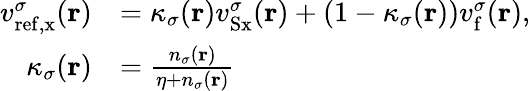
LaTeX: \begin{array}{rl}{v_{\mathrm{ref,x}}^{\sigma}(\mathbf{r})}&{=\kappa_{\sigma}(\mathbf{r})v_{\mathrm{Sx}}^{\sigma}(\mathbf{r})+(1-\kappa_{\sigma}(\mathbf{r}))v_{\mathrm{f}}^{\sigma}(\mathbf{r}),}\\ {\kappa_{\sigma}(\mathbf{r})}&{=\frac{n_{\sigma}(\mathbf{r})}{\eta+n_{\sigma}(\mathbf{r})}}\end{array}